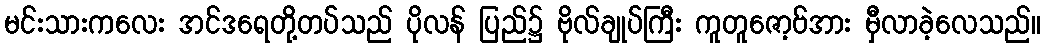
မင်းသားကလေး အင်ဒရေတို့တပ်သည် ပိုလန် ပြည်၌ ဗိုလ်ချုပ်ကြီး ကူတူဇော့ဗ်အား မှီလာခဲ့လေသည်။